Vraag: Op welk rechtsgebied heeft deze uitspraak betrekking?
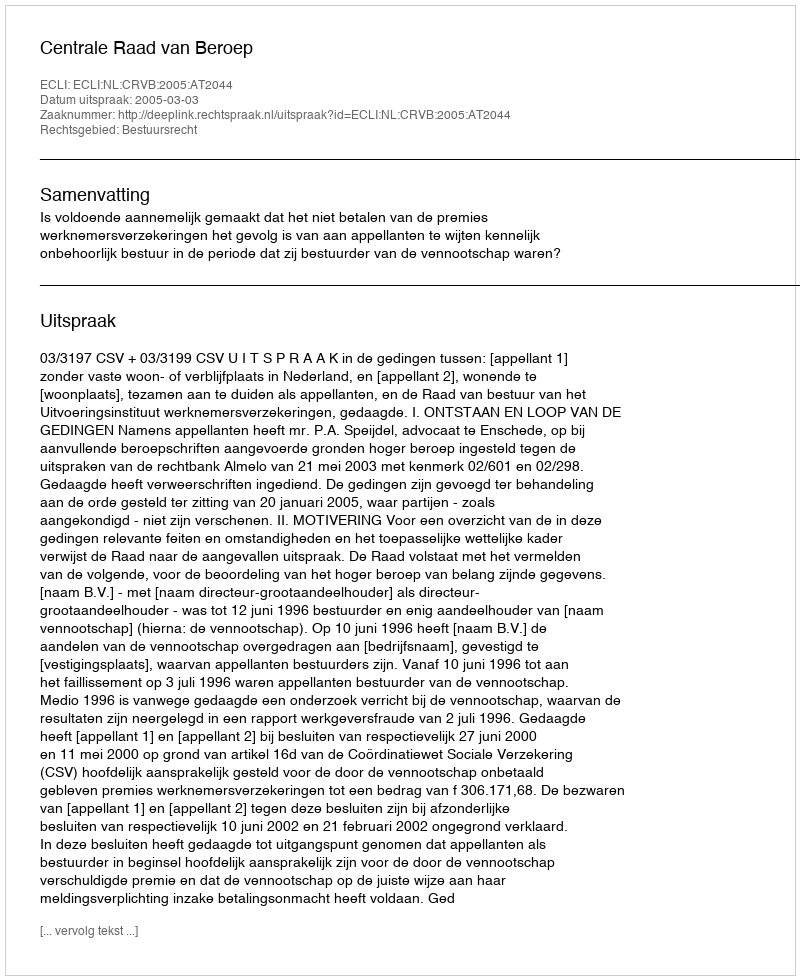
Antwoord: Bestuursrecht